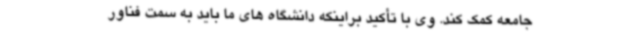
جامعه کمک کند. وی با تأکید براینکه دانشگاه های ما باید به سمت فناور